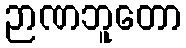
ဉာဏဘူတော